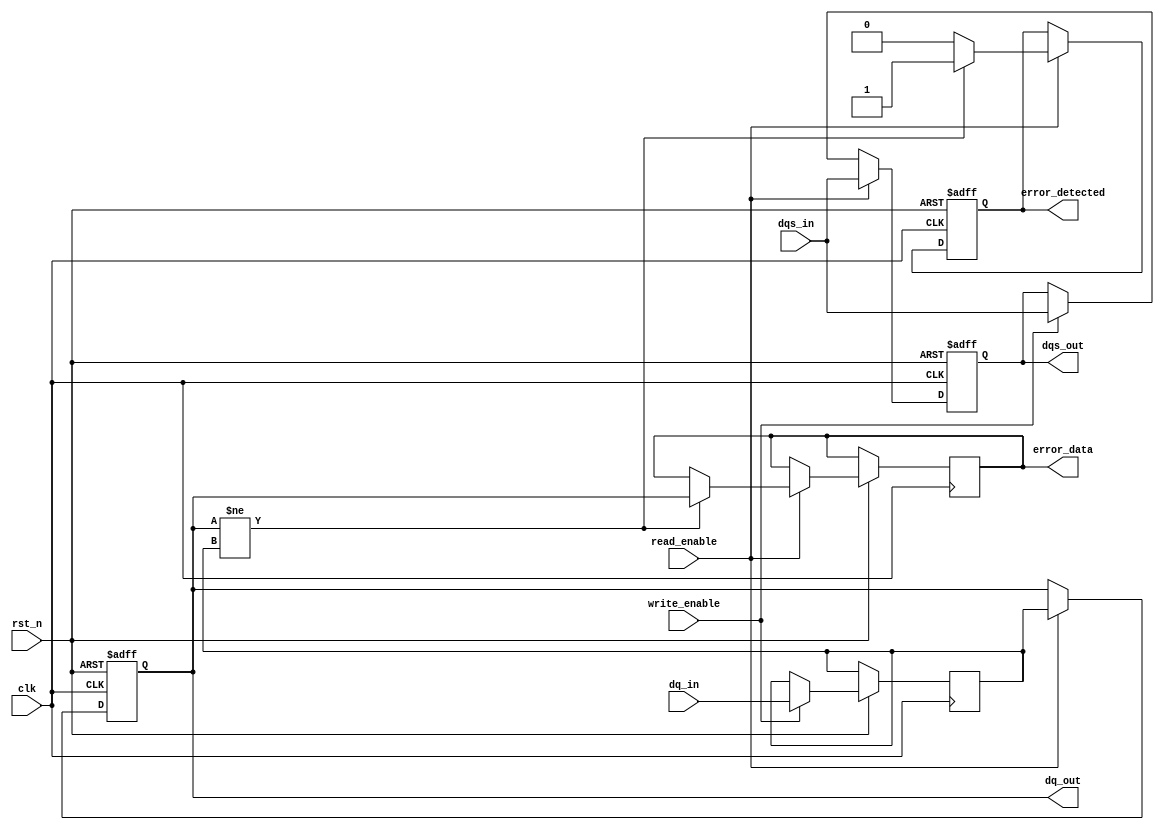
module gddr6_io_block #(
    parameter DATA_WIDTH = 32, // Number of DQ lanes
    parameter DQS_WIDTH = 4     // Number of DQS lanes
)(
    input wire clk,                     // Main clock
    input wire rst_n,                   // Active low reset
    input wire [DATA_WIDTH-1:0] dq_in, // Data input
    output reg [DATA_WIDTH-1:0] dq_out, // Data output
    input wire dqs_in,                  // Data strobe input
    output reg dqs_out,                 // Data strobe output
    input wire write_enable,             // Write enable signal
    input wire read_enable,              // Read enable signal
    output reg error_detected,           // Error detection signal
    output reg [DATA_WIDTH-1:0] error_data // Data with detected error
);

    // Internal signals
    reg [DATA_WIDTH-1:0] data_buffer; // Buffer for data
    reg [DQS_WIDTH-1:0] dqs_buffer;   // Buffer for DQS signals

    // Initialization and training sequence
    initial begin
        dq_out = 0;
        dqs_out = 0;
        error_detected = 0;
    end

    // Main I/O operation
    always @(posedge clk or negedge rst_n) begin
        if (!rst_n) begin
            dq_out <= 0;
            dqs_out <= 0;
            error_detected <= 0;
        end else begin
            // Write operation
            if (write_enable) begin
                data_buffer <= dq_in; // Capture incoming data
                dqs_out <= dqs_in;    // Capture DQS
                // TODO: Implement error correction logic here
            end

            // Read operation
            if (read_enable) begin
                dq_out <= data_buffer; // Output buffered data
                dqs_out <= dqs_in;      // Output DQS
                // TODO: Implement error detection logic here
                // Example: Check for errors (placeholder logic)
                if (dq_out != data_buffer) begin
                    error_detected <= 1;
                    error_data <= dq_out; // Capture erroneous data
                end else begin
                    error_detected <= 0;
                end
            end
        end
    end

    // Power management and thermal management can be implemented here
    // Placeholder for dynamic voltage and frequency scaling
    // Placeholder for thermal monitoring and throttling

endmodule